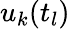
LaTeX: u_{k}(t_{l})